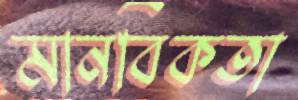
মানবিকতা